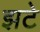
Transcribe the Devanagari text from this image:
झटे